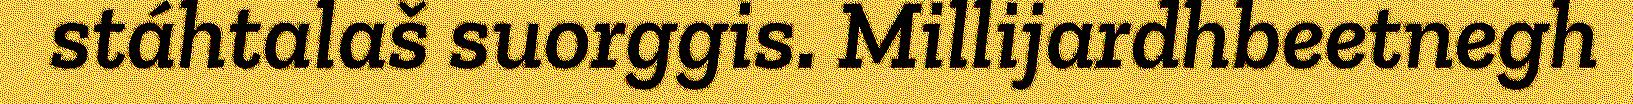
stáhtalaš suorggis. Millijardhbeetnegh